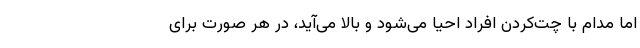
اما مدام با چت‌کردن افراد احیا می‌شود و بالا می‌آید، در هر صورت برای